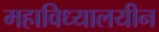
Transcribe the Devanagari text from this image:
महाविध्यालयीन